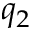
q _ { 2 }